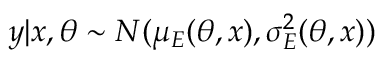
\boldsymbol { y | \boldsymbol { x } , \theta } \sim N ( \mu _ { E } ( \boldsymbol { \theta } , \boldsymbol { x } ) , \sigma _ { E } ^ { 2 } ( \boldsymbol { \theta } , \boldsymbol { x } ) )